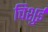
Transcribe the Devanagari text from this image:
चिशुई